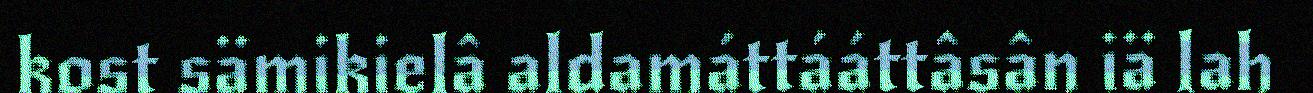
kost sämikielâ aldamáttááttâsân iä lah